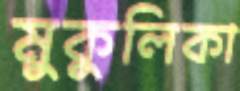
মুকুলিকা